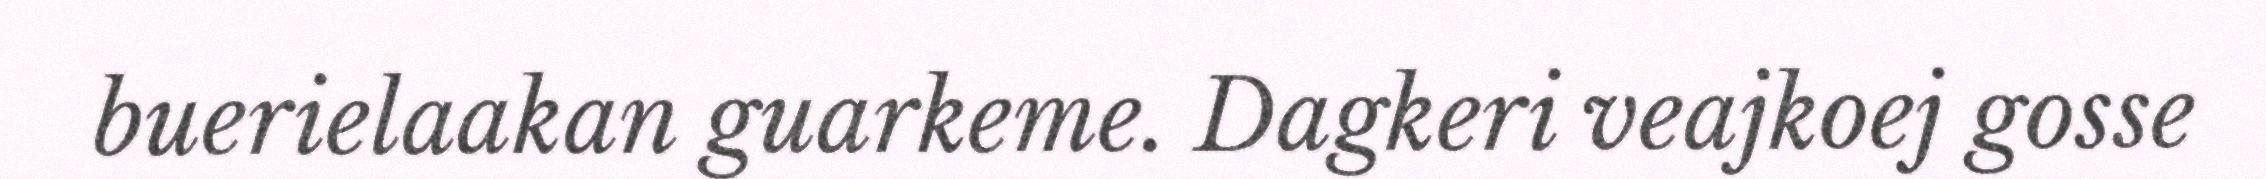
buerielaakan guarkeme. Dagkeri veajkoej gosse